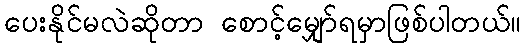
ပေးနိုင်မလဲဆိုတာ စောင့်မျှော်ရမှာဖြစ်ပါတယ်။